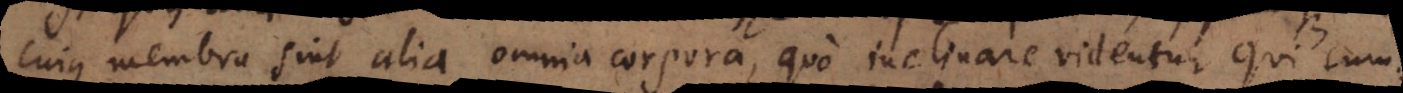
cujus membra sint alia omnia corpora, quo inclinare videntur qui